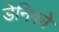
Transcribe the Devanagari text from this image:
डेनिको